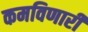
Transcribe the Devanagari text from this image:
कमविणारी